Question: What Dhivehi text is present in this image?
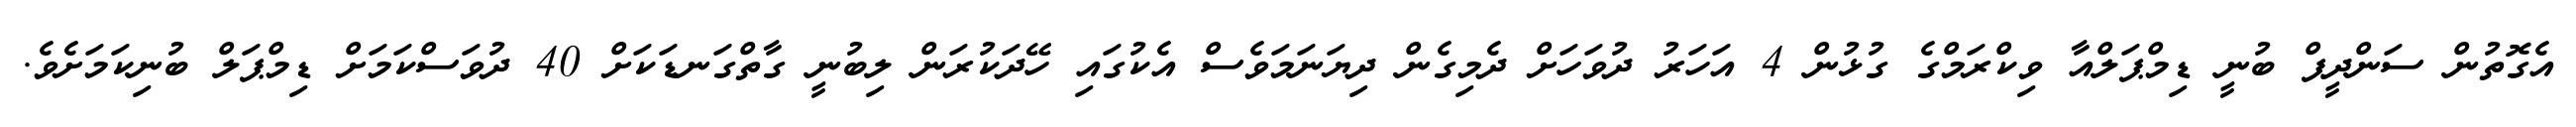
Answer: އެގޮތުން ސަންދީޕް ބުނީ ޑިމްޕަލްއާ ވިކްރަމްގެ ގުޅުން 4 އަހަރު ދުވަހަށް ދެމިގެން ދިޔަނަމަވެސް އެކުގައި ހޭދަކުރަން ލިބުނީ ގާތްގަނޑަކަށް 40 ދުވަސްކަމަށް ޑިމްޕަލް ބުނިކަމަށެވެ.